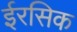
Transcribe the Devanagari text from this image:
ईरसिक